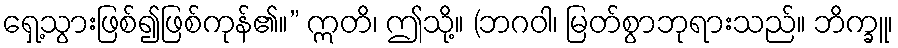
ရှေ့သွားဖြစ်၍ဖြစ်ကုန်၏။” ဣတိ၊ ဤသို့။ (ဘဂဝါ၊ မြတ်စွာဘုရားသည်။ ဘိက္ခူ၊